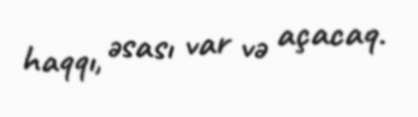
haqqı, əsası var və açacaq.